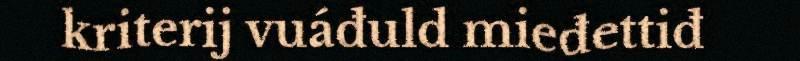
kriterij vuáđuld mieđettiđ